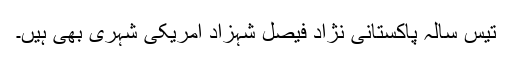
تیس سالہ پاکستانی نژاد فیصل شہزاد امریکی شہری بھی ہیں۔